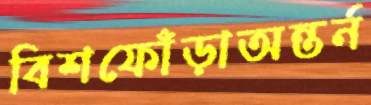
বিশফোঁড়াঅন্তর্ন